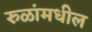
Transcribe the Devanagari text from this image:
रुळांमधील